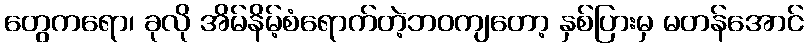
တွေကရော၊ ခုလို အိမ်နိမ့်စံရောက်တဲ့ဘဝကျတော့ နှစ်ပြားမှ မတန်အောင်